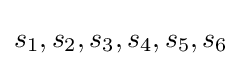
s_{1},s_{2},s_{3},s_{4},s_{5},s_{6}